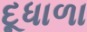
દૂધાળા